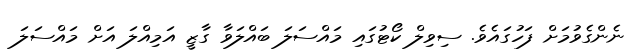
ނެންގެވުމަށް ފަހުގައެވެ. ސިވިލް ކޯޓުގައި މައްސަލަ ބައްލަވާ ގާޒީ އަމިއްލަ އަށް މައްސަލަ